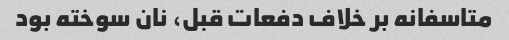
متاسفانه بر خلاف دفعات قبل، نان سوخته بود